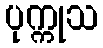
ပုက္ကုသ